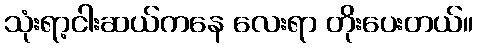
သုံးရာ့ငါးဆယ်ကနေ လေးရာ တိုးပေးတယ်။